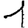
Digit: 1